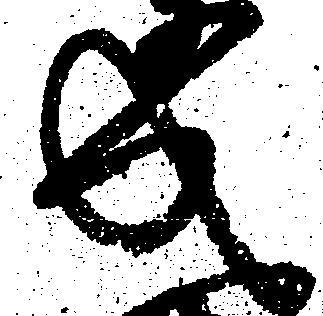
成